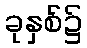
ခုနှစ်၌